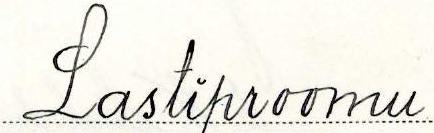
Lastiproomu